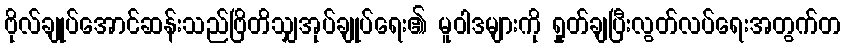
ဗိုလ်ချုပ်အောင်ဆန်းသည်ဗြိတိသျှအုပ်ချုပ်ရေး၏ မူဝါဒများကို ရှုတ်ချပြီးလွတ်လပ်ရေးအတွက်တ